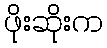
ဖိုးဆိုးက